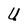
Character: U